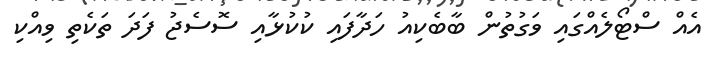
އެއް ސްޓޯލެއްގައި ވަގުތުން ބާބެކިއު ހަދާފައި ކުކުޅާއި ސޮސެޖު ފަދަ ތަކެތި ވިއްކި